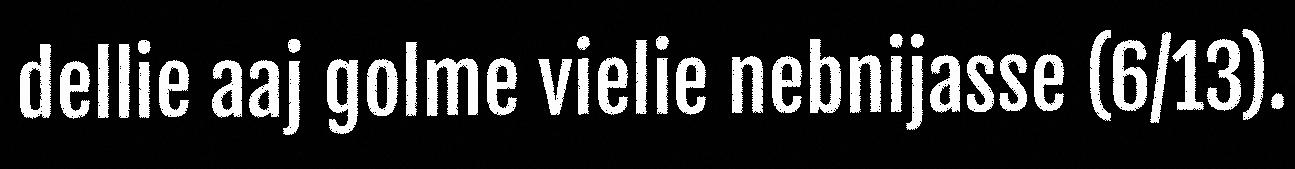
dellie aaj golme vielie nebnijasse (6/13).